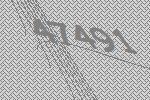
47491